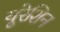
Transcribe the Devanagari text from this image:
यूरेशिन